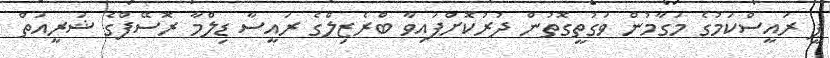
ޕީ ރައީސްކަމުގެ މަގާމުން ވަގުތީގޮތުން ދުރުކޮށްފައިވާ ބްރެޒިލްގެ ރައީސާ ޑިލްމާ ރޮސޭފްގެ ޝަރީއަތް